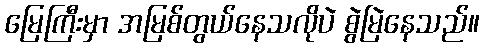
မြေကြီးမှာ အမြစ်တွယ်နေသလိုပဲ စွဲမြဲနေသည်။